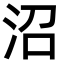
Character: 沼